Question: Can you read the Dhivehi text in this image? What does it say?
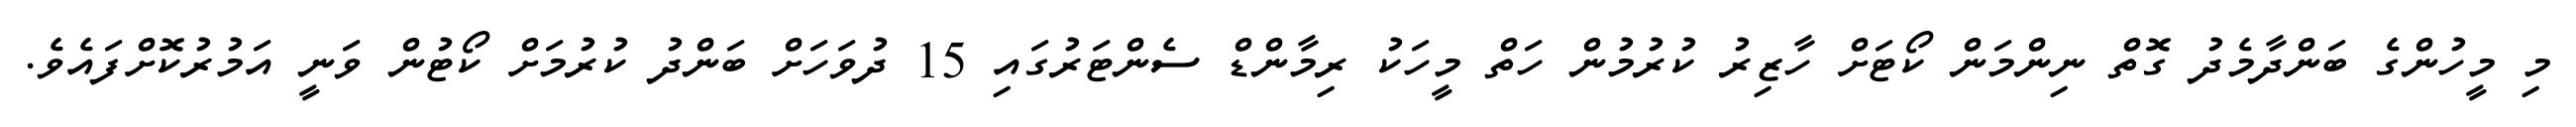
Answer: މި މީހުންގެ ބަންދާމެދު ގޮތް ނިންމަން ކޯޓަށް ހާޒިރު ކުރުމުން ހަތް މީހަކު ރިމާންޑް ސެންޓަރުގައި 15 ދުވަހަށް ބަންދު ކުރުމަށް ކޯޓުން ވަނީ އަމުރުކޮށްފައެވެ.